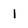
Character: 1